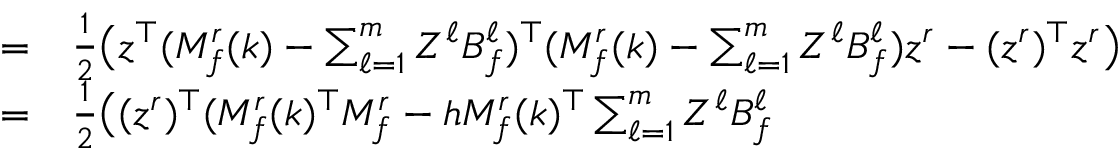
\begin{array} { r l } { = } & { { } \frac { 1 } { 2 } \big ( z ^ { \top } ( M _ { f } ^ { r } ( k ) - \textstyle \sum _ { \ell = 1 } ^ { m } Z ^ { \ell } B _ { f } ^ { \ell } ) ^ { \top } ( M _ { f } ^ { r } ( k ) - \textstyle \sum _ { \ell = 1 } ^ { m } Z ^ { \ell } B _ { f } ^ { \ell } ) z ^ { r } - ( z ^ { r } ) ^ { \top } z ^ { r } \big ) } \\ { = } & { { } \frac { 1 } { 2 } \big ( ( z ^ { r } ) ^ { \top } ( M _ { f } ^ { r } ( k ) ^ { \top } M _ { f } ^ { r } - h M _ { f } ^ { r } ( k ) ^ { \top } \textstyle \sum _ { \ell = 1 } ^ { m } Z ^ { \ell } B _ { f } ^ { \ell } } \end{array}